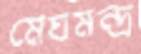
মেঘমন্দ্র